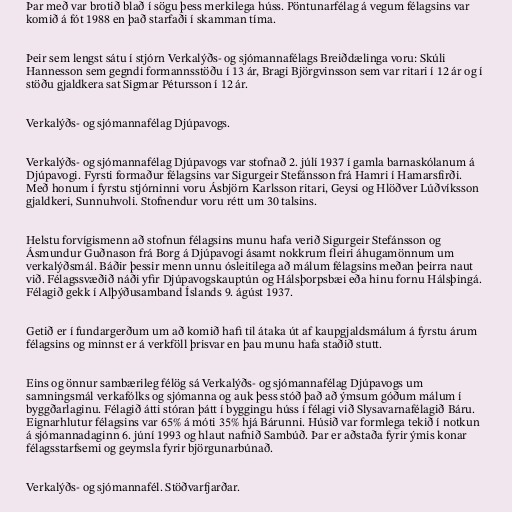
Þar með var brotið blað í sögu þess merkilega húss. Pöntunarfélag á vegum félagsins var
komið á fót 1988 en það starfaði í skamman tíma.

Þeir sem lengst sátu í stjórn Verkalýðs- og sjómannafélags Breiðdælinga voru: Skúli
Hannesson sem gegndi formannsstöðu í 13 ár, Bragi Björgvinsson sem var ritari í 12 ár og í
stöðu gjaldkera sat Sigmar Pétursson í 12 ár.

Verkalýðs- og sjómannafélag Djúpavogs.

Verkalýðs- og sjómannafélag Djúpavogs var stofnað 2. júlí 1937 í gamla barnaskólanum á
Djúpavogi. Fyrsti formaður félagsins var Sigurgeir Stefánsson frá Hamri í Hamarsfirði.
Með honum í fyrstu stjórninni voru Ásbjörn Karlsson ritari, Geysi og Hlöðver Lúðvíksson
gjaldkeri, Sunnuhvoli. Stofnendur voru rétt um 30 talsins.

Helstu forvígismenn að stofnun félagsins munu hafa verið Sigurgeir Stefánsson og
Ásmundur Guðnason frá Borg á Djúpavogi ásamt nokkrum fleiri áhugamönnum um
verkalýðsmál. Báðir þessir menn unnu ósleitilega að málum félagsins meðan þeirra naut
við. Félagssvæðið náði yfir Djúpavogskauptún og Hálsþorpsbæi eða hinu fornu Hálsþingá.
Félagið gekk í Alþýðusamband Íslands 9. ágúst 1937.

Getið er í fundargerðum um að komið hafi til átaka út af kaupgjaldsmálum á fyrstu árum
félagsins og minnst er á verkföll þrisvar en þau munu hafa staðið stutt.

Eins og önnur sambærileg félög sá Verkalýðs- og sjómannafélag Djúpavogs um
samningsmál verkafólks og sjómanna og auk þess stóð það að ýmsum góðum málum í
byggðarlaginu. Félagið átti stóran þátt í byggingu húss í félagi við Slysavarnafélagið Báru.
Eignarhlutur félagsins var 65% á móti 35% hjá Bárunni. Húsið var formlega tekið í notkun
á sjómannadaginn 6. júní 1993 og hlaut nafnið Sambúð. Þar er aðstaða fyrir ýmis konar
félagsstarfsemi og geymsla fyrir björgunarbúnað.

Verkalýðs‐ og sjómannafél. Stöðvarfjarðar.